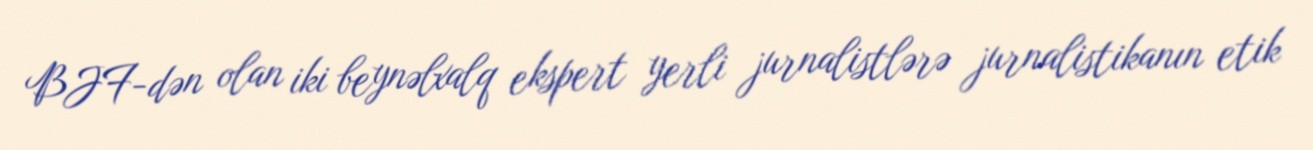
BJF-dən olan iki beynəlxalq ekspert yerli jurnalistlərə jurnalistikanın etik